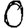
Digit: 0